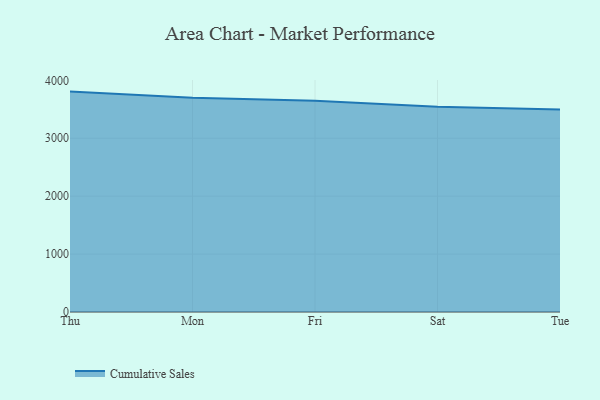
{"axis": {"x": "Day", "y": "Market Share (%)"}, "legend": ["Cumulative Sales"], "data": [{"x": "Thu", "y": 3805.1, "type": "Cumulative Sales"}, {"x": "Mon", "y": 3699.0, "type": "Cumulative Sales"}, {"x": "Fri", "y": 3648.3, "type": "Cumulative Sales"}, {"x": "Sat", "y": 3545.3, "type": "Cumulative Sales"}, {"x": "Tue", "y": 3495.2, "type": "Cumulative Sales"}]}